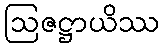
ဩဇဋ္ဌာယိဿ